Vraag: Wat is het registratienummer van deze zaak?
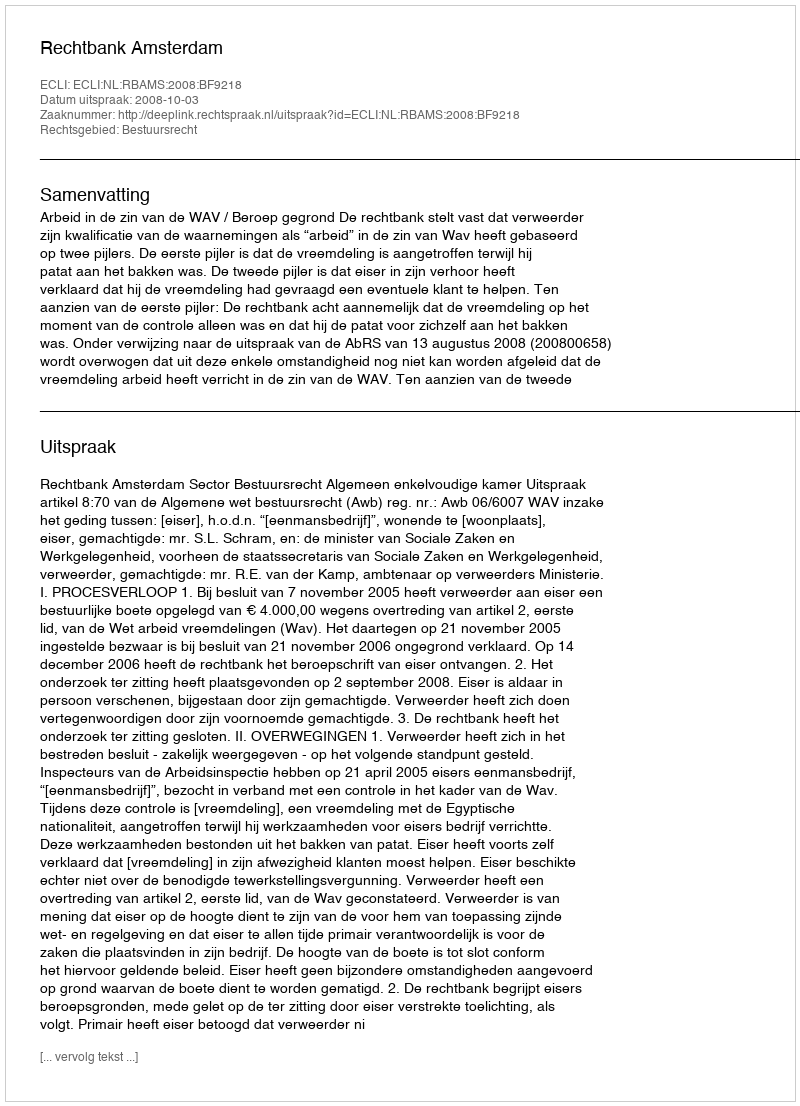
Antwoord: http://deeplink.rechtspraak.nl/uitspraak?id=ECLI:NL:RBAMS:2008:BF9218